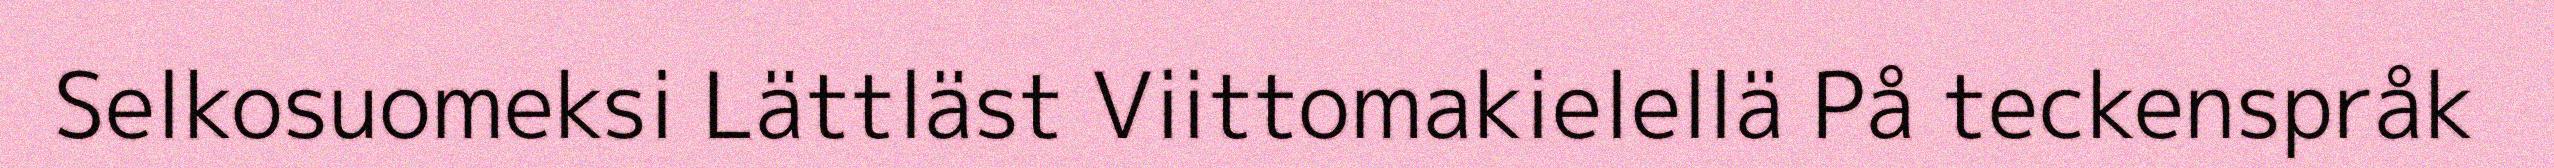
Selkosuomeksi Lättläst Viittomakielellä På teckenspråk